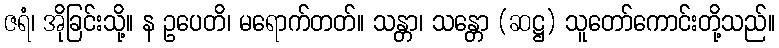
ဇရံ၊ အိုခြင်းသို့။ န ဥပေတိ၊ မရောက်တတ်။ သန္တာ၊ သန္တော (ဆဋ္ဌ) သူတော်ကောင်းတို့သည်။